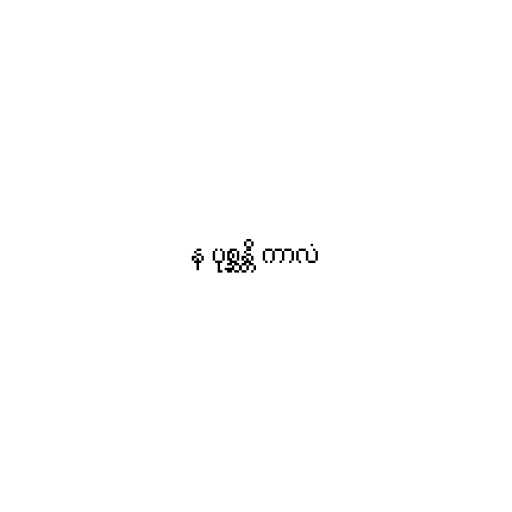
န ပုစ္ဆန္တိ ကာလံ